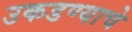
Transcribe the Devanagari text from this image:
उकडण्याचे